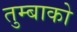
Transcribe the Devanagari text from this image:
तुम्बाको